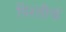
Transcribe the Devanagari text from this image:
पिरतीचं